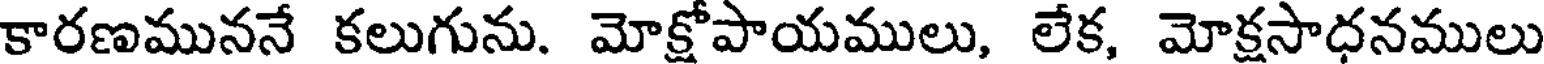
కారణముననే కలుగును. మోక్షోపాయములు, లేక, మోక్షసాధనములు